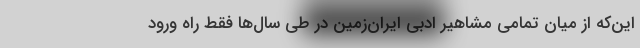
این‌که از میان تمامی مشاهیر ادبی ایران‌زمین در طی سال‌ها فقط راه ورود